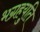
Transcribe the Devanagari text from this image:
भग्रहयुति